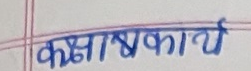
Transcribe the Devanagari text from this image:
कक्षाकार्य